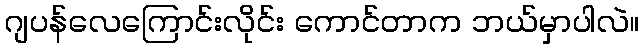
ဂျပန်လေကြောင်းလိုင်း ကောင်တာက ဘယ်မှာပါလဲ။